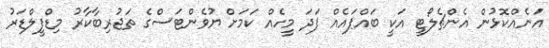
އަނެއްކޮޅުން އެންޗެލޯޓީ އަކީ ބައްޕައެއް ފަދަ މީހެއް ކަމަށް ޔުވެންޓަސްގެ ތަޖުރިބާކާރު މިޑްފީލްޑަރު